Report on horse surra - Volume II, Part II
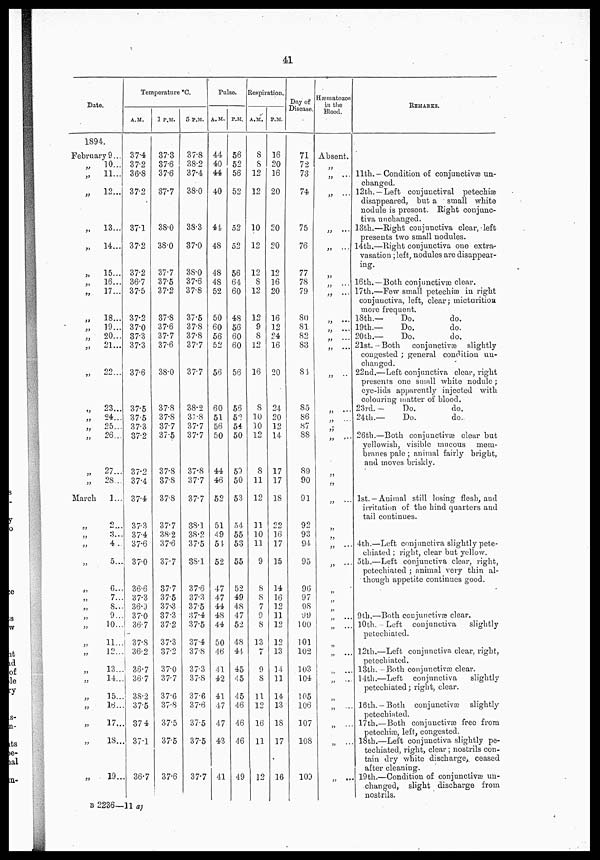
41
Date.
1894.
February 9...
„
„
„
„
„
„
„
„
„
„
„
„
„
„
„
„
„
„
„
March
„
„
„
„
„
„
„
„
„
„
„
„
„
„
„
„
„
„
10...
11...
12...
13...
14...
15...
16...
17...
18...
19...
20...
21...
22...
23...
24...
25...
26...
27...
28...
1...
2
3....
4 ..
5...
6...
7...
8...
9...
10...
11...
12...
13...
14...
15...
16...
17...
18...
19...
Temperature °C.
A.M.
37.4
37.2
36.8
37.2
3?1
37.2
37.2
36.7
37.5
37.2
37.0
37.3
37.3
376
37.5
37.5
37.3
37.2
37.2
37.4
37.4
37.3
37.4
37.6
37.0
36.6
37.3
36.9
37.0
36.7
37.8
36.2
36.7
36.7
38.2
37.5
374
37.1
36.7
1 P.M.
37.3
37.6
37.6
37.7
38.0
38.0
37.7
37.5
37.2
37.8
37.6
37.7
37.6
38.0
37.8
37.8
37.7
37.05
37.8
37.8
378
37.7
38.2
37.6
37.7
37.7
37.5
37.3
37.3
37.2
37.3
37.2
37.0
37.7
37.6
37.8
37.5
37.5
37.6
5 P.M.
37.8
38.2
37.4
38.0
38.3
37.0
38.0
37.6
37.8
37.5
37.8
37.8
377
37.7
38.2
37.8
37.7
37.7
37.8
37.7
37.7
38.1
38.2
37.5
38.1
37.6
37.3
37.5
37.4
37.5
37.4
37.8
37.3
37.8
37.6
37.6
37.5
37.5
37.7
Pulse.
A.M.
44
40
44
40
44
48
48
48
52
50
60
56
52
56
60
51
56
50
44
46
52
51
49
51
52
47
47
44
48
44
50
46
41
42
41
47
47
43
41
P.M.
56
52
56
52
52
52
56
64
60
48
56
60
60
56
55
52
54
50
59
50
53
54
55
53
55
52
49
48
47
52
48
44
45
45
45
46
46
46
49
Respiration.
A.M.
8
8
12
12
10
12
12
8
12
12
9
8
12
16
8
10
10
12
8
11
12
11
10
11
9
8
8
7
9
8
13
7
9
8
11
12
16
11
12
P.M.
16
20
16
20
20
20
12
16
20
16
12
24
16
20
24
20
12
14
17
17
18
22
16
17
15
14
16
12
11
12
12
13
14
11
14
13
18
17
16
Day of
Disease.
71
72
73
74
75
76
77
78
79
80
81
82
83
81
85
86
87
88
89
90
91
92
93
94
95
96
97
98
99
100
101
102
103
104
105
106
107
108
109
Hæmatozon
in the
Blood.
Absent.
„
„
„
...
„
„
„
„
„
„
„
„ ...
„
„
„
„
„
„ ...
„
„
„
„
„
„
...
„
„ ...
„
...
„
...
„
„
...
„
...
„ . . .
„ ...
REMARKS.
11 th. — Condition of conjunctivæ un-
changed.
12th.—Left conjunctival petechiæ
disappeared, but a small white
nodule is present. Right conjunc-
tiva unchanged.
13th.—Right conjunctiva clear, left
presents two small nodules.
14th.—Right conjunctiva one extra-
vasation ; left, nodules are disappear-
ing.
16th. —Both conjunctivæ clear.
17th.—Few small petechiæ in right
conjunctiva, left, clear; micturition,
more frequent.
18th.—
Do.
do.
19th.—
Do.
do.
20th.—
Do.
do.
21st.—Both conjunctivæ slightly
congested ; general condition un-
changed.
22nd.—Left conjunctiva clear, right
presents one small white nodule ;
eye.lids apparently injected with
colouring matter of blood.
23rd. —
Do.
do.
24th.—
Do.
do.
26th.—Both conjunctivæ clear but
yellowish, visible mucous mem-
branes pale ; animal fairly bright,
and moves briskly.
1st. — Animal still losing flesh, and
irritation of the hind quarters and
tail continues.
4th.—Left conjunctiva slightly pete-
chiated ; right, clear but yellow.
5th.—Left conjunctiva clear, right,
petechiated ; animal very thin al-
though appetite continues good.
9th.—Both conjunctivæ clear.
10th. — Left conjunctiva
slightly
petechiated.
12th.—Left conjunctiva clear, right,
petechiated.
13th. —Both conjunctivæ clear.
14th.—Left conjunctiva
slightly
petechiated; right, clear.
16th. — Both conjunctivæ slightly
petechiated.
17th.—Both conjunctivæ free from
petechiæ, left, congested.
18th.—Left conjunctiva slightly pe-
techiated, right, clear; nostrils con-
tain dry white discharge, ceased
after cleaning.
19th.—Condition of conjunctivæ un-
changed, slight discharge from
nostrils.
B 2236—11 ap